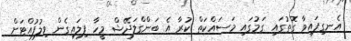
އެނގިފައިވާ ގޮތުގައި ގަމުގައި މަަސައްކަތް ކުރާ އެ ބަންގްލަދޭޝް މީހާ ފިލައިގެން ވިލުފުއްޓަށް